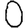
Digit: 0